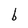
Character: b